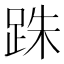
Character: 跦